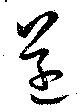
遂